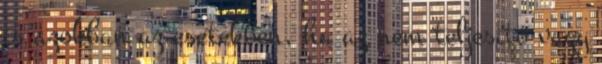
is azokban az esetekben, ha az nem teljesítő vagy